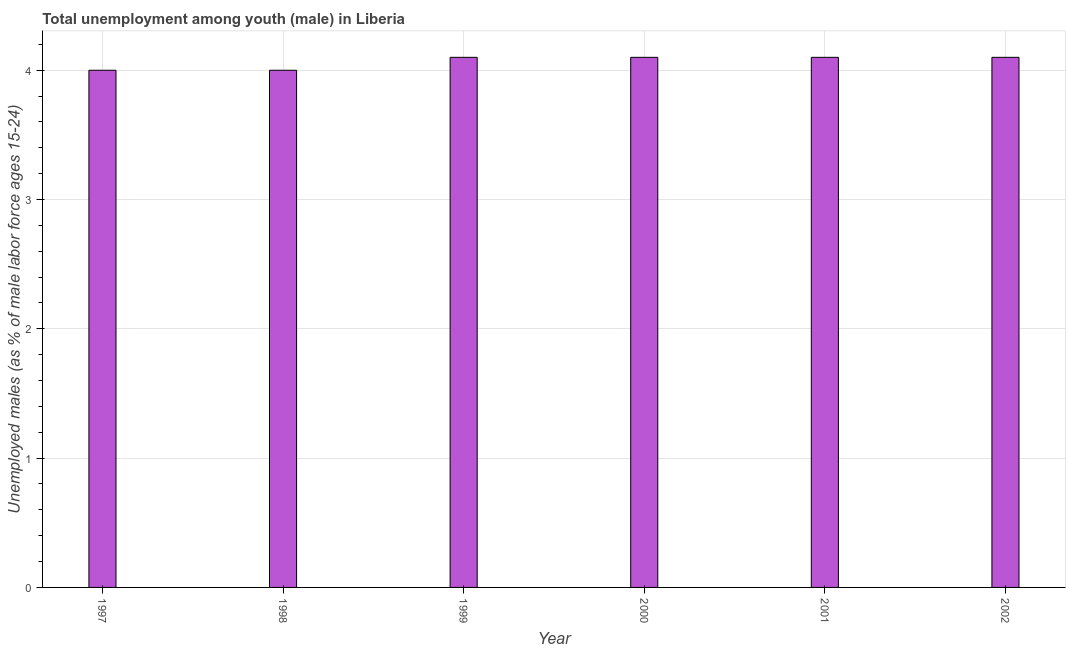
| Year | Unemployment |
 | --- | --- |
 | 1997 | 4 |
 | 1998 | 4 |
 | 1999 | 4.1 |
 | 2000 | 4.1 |
 | 2001 | 4.1 |
 | 2002 | 4.1 |